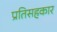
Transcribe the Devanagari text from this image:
प्रतिसहकार